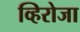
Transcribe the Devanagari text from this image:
व्हिरोजा